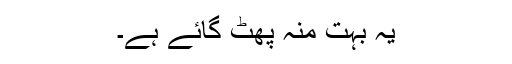
یہ بہت منہ پھٹ گائے ہے۔